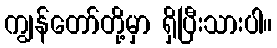
ကျွန်တော်တို့မှာ ရှိပြီးသားပါ။